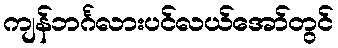
ကျန်ဘင်္ဂလားပင်လယ်အော်တွင်